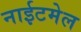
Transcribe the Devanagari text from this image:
नाईटमेल